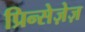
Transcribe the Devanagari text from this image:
प्रिन्सेज़ेज़